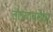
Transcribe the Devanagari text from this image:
तांब्याबरोबर